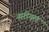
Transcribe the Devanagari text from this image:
नारीयल